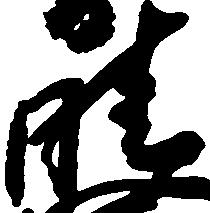
晴